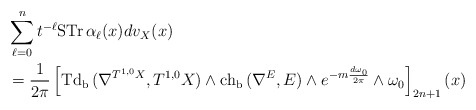
\begin{align*} &\sum^n_{\ell=0}t^{-\ell}\mathrm{STr\,}\alpha_\ell(x)dv_X(x) \\&=\frac{1}{2\pi}\left[\mathrm{Td_b\,}(\nabla^{T^{1,0}X},T^{1,0}X)\wedge\mathrm{ch_b\,}(\nabla^{E},E)\wedge e^{-m\frac{d\omega_0}{2\pi}}\wedge\omega_0\right]_{2n+1}(x)\end{align*}